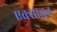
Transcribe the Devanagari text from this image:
एक्साजूल